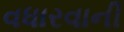
વધારવાની